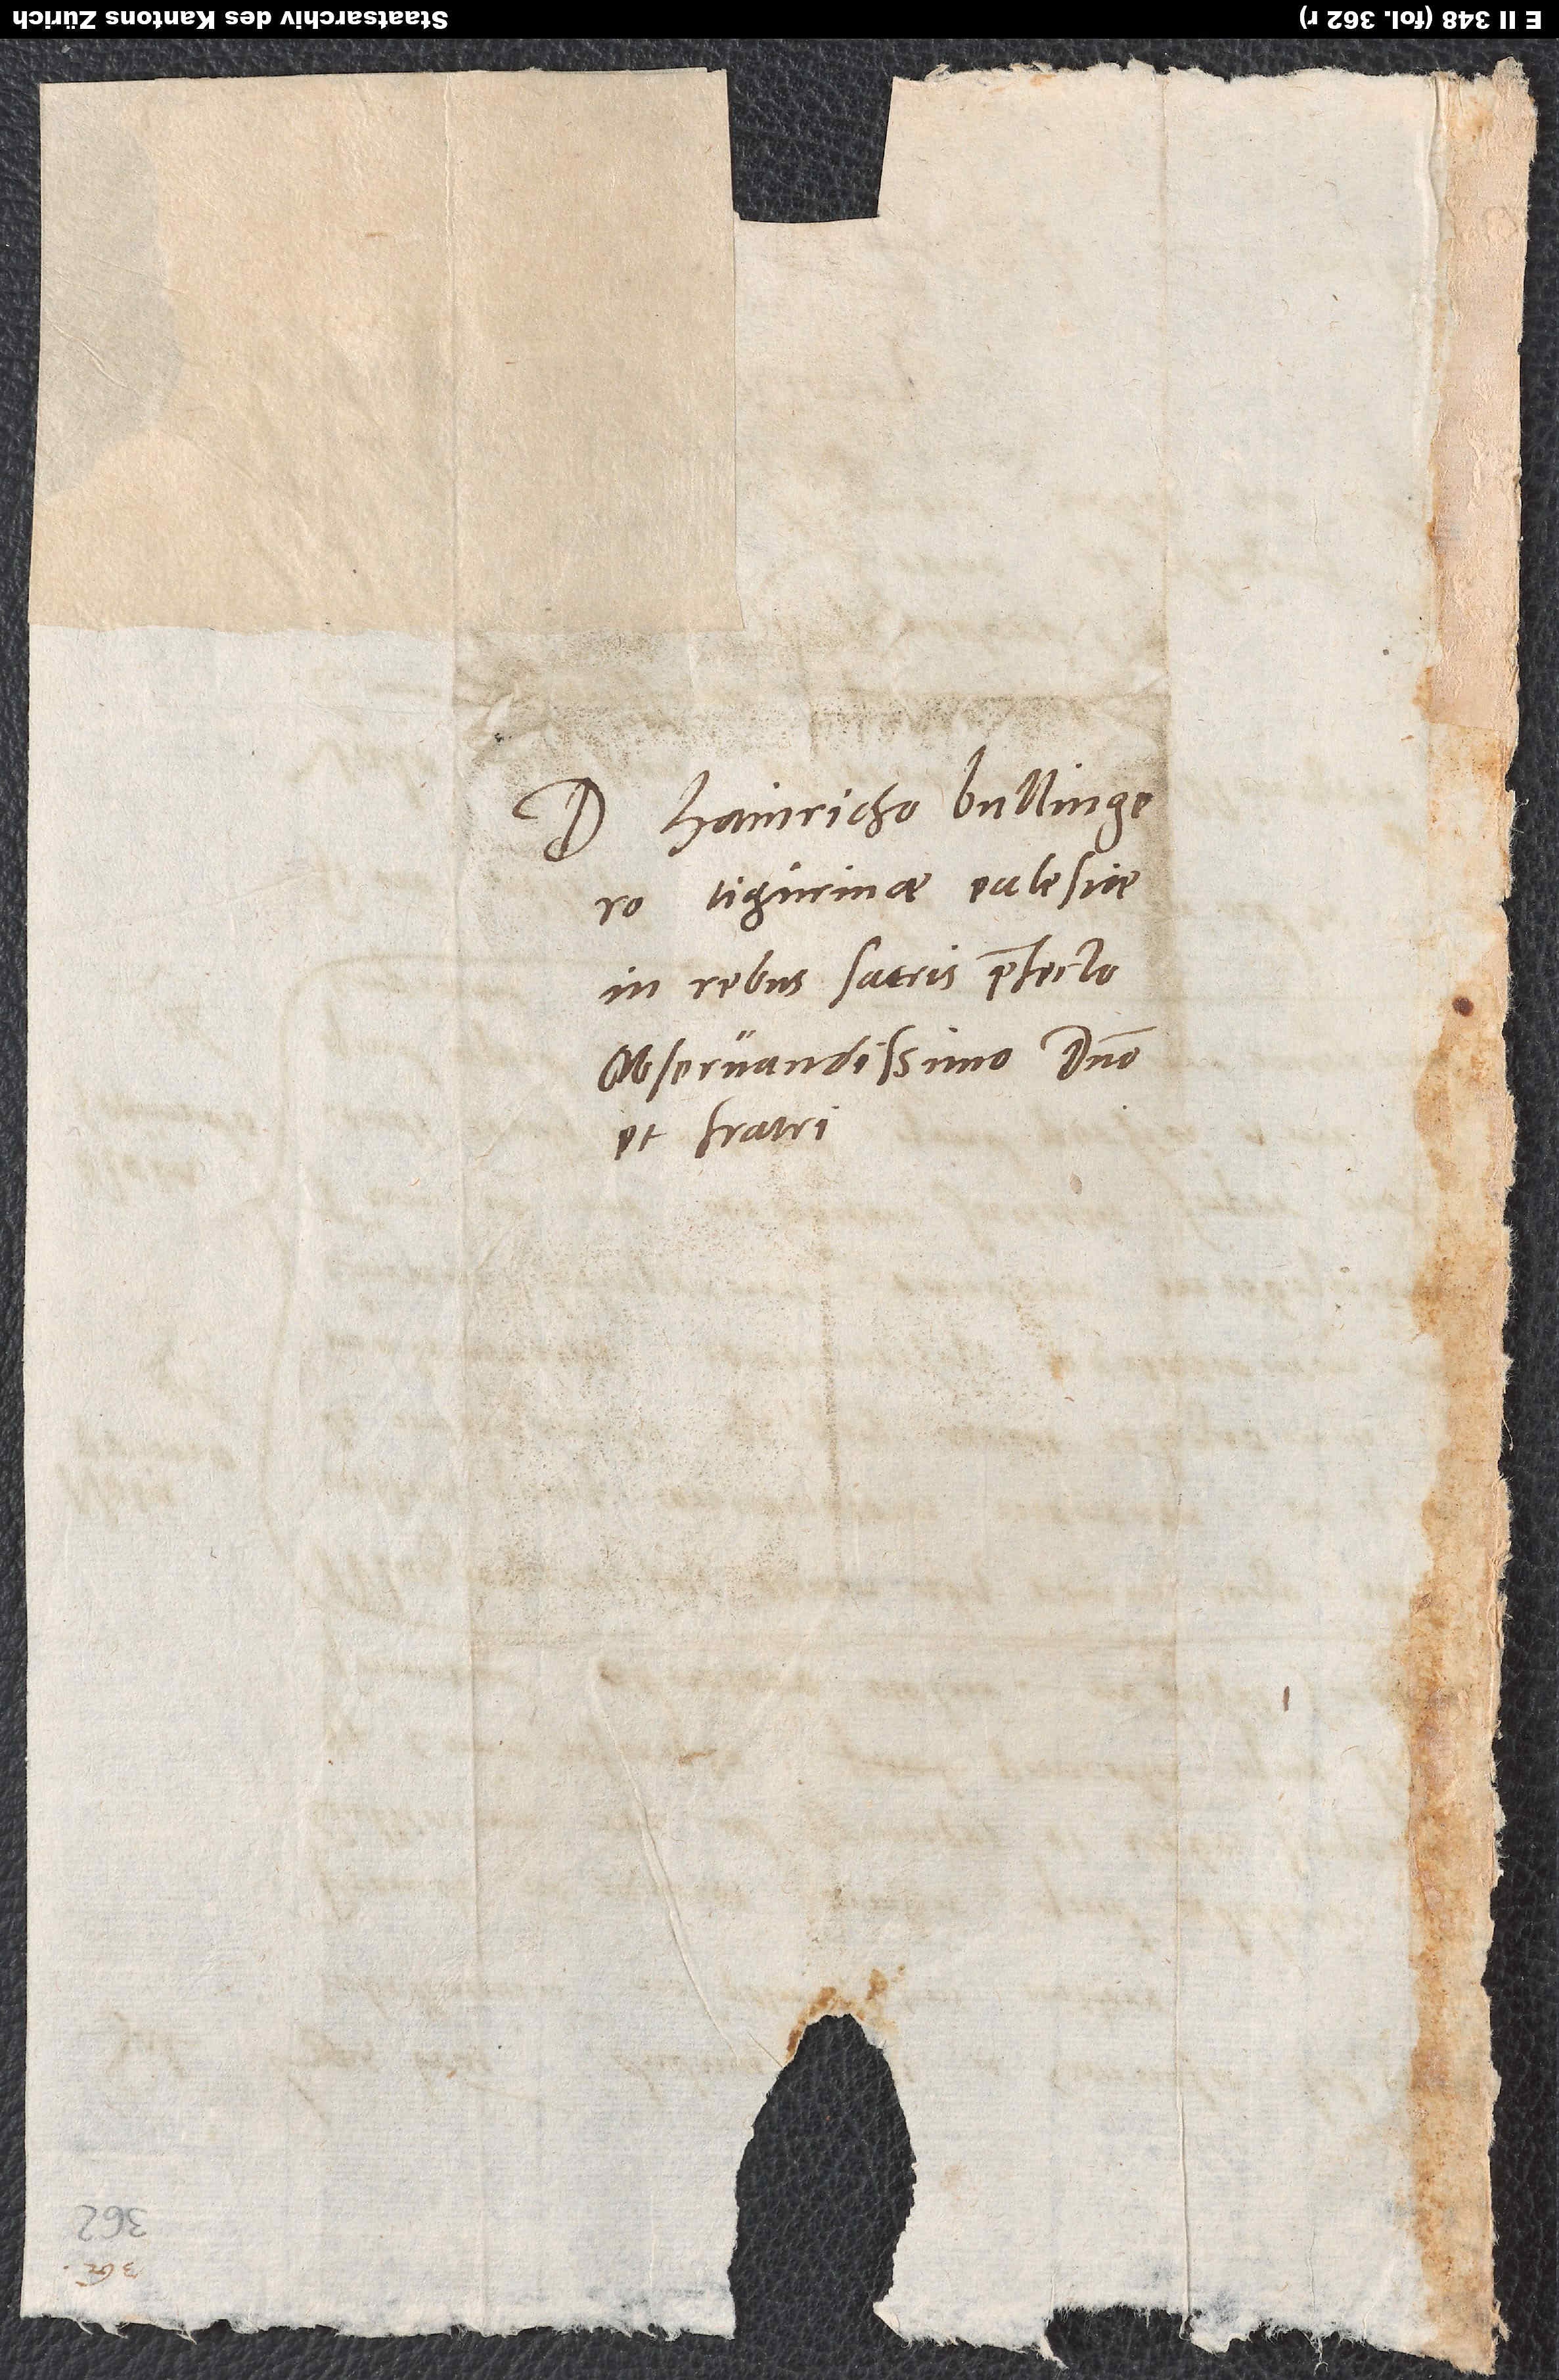
Domino Hainricho Bullingero,
Tigurinae ecclesiae
in rebus sacris praefecto,
observandissimo domino
et fratri.